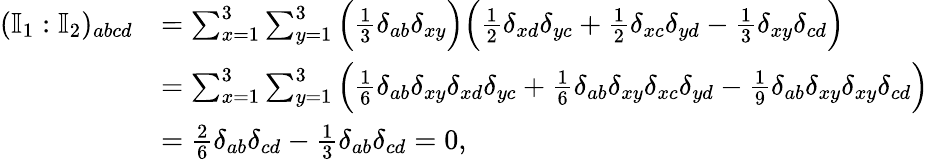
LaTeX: \begin{array}{rl}{(\mathbb{I}_{1}:\mathbb{I}_{2})_{abcd}}&{=\sum_{x=1}^{3}\sum_{y=1}^{3}\Big(\frac{1}{3}\delta_{ab}\delta_{xy}\Big)\Big(\frac{1}{2}\delta_{xd}\delta_{yc}+\frac{1}{2}\delta_{xc}\delta_{yd}-\frac{1}{3}\delta_{xy}\delta_{cd}\Big)}\\ &{=\sum_{x=1}^{3}\sum_{y=1}^{3}\Big(\frac{1}{6}\delta_{ab}\delta_{xy}\delta_{xd}\delta_{yc}+\frac{1}{6}\delta_{ab}\delta_{xy}\delta_{xc}\delta_{yd}-\frac{1}{9}\delta_{ab}\delta_{xy}\delta_{xy}\delta_{cd}\Big)}\\ &{=\frac{2}{6}\delta_{ab}\delta_{cd}-\frac{1}{3}\delta_{ab}\delta_{cd}=0,}\end{array}